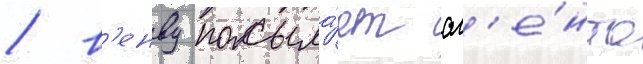
/ в'енву посыла́ет аг'е́нта